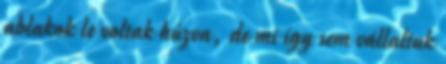
ablakok le voltak húzva, de mi így sem vállaltuk